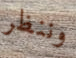
وننظر